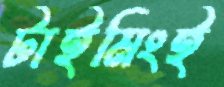
টাইমিংই